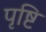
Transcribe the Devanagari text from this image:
पृष्टि